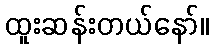
ထူးဆန်းတယ်နော်။